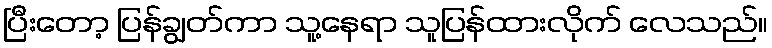
ပြီးတော့ ပြန်ချွတ်ကာ သူ့နေရာ သူပြန်ထားလိုက် လေသည်။